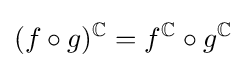
(f\circ g)^{\mathbb {C} }=f^{\mathbb {C} }\circ g^{\mathbb {C} }